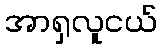
အာရှလူငယ်